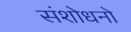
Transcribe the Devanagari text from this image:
संशोधनो